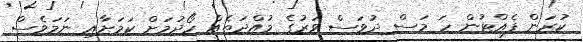
ކުރަން ފެއްޓުން ހަ މަސް ދުވަސް ވަރުގެ މުއްދަތެއް ހޯދުމަށް ކަމަށާއި ނަމަވެސް